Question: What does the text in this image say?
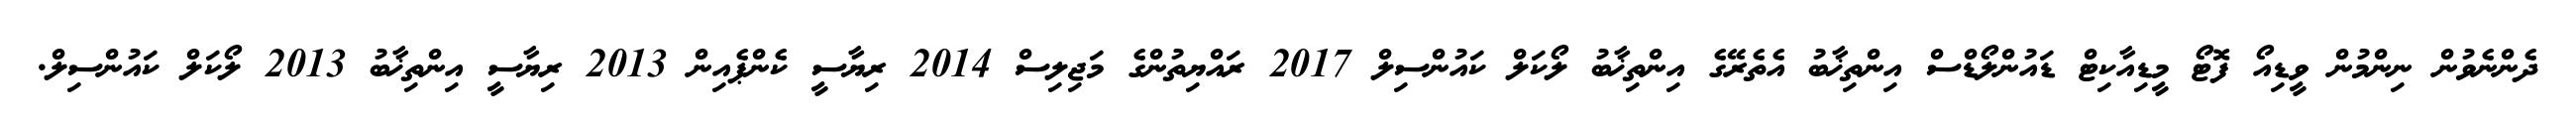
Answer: ދެންނެވުން ނިންމުން ވީޑިއޯ ފޮޓޯ މީޑިއާކިޓް ޑައުންލޯޑްސް އިންތިޚާބު އެތެރޭގެ އިންތިޚާބު ލޯކަލް ކައުންސިލް 2017 ރައްޔިތުންގެ މަޖިލިސް 2014 ރިޔާސީ ކެންޕެއިން 2013 ރިޔާސީ އިންތިޚާބު 2013 ލޯކަލް ކައުންސިލް.